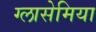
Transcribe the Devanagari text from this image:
ग्लासेमिया